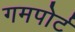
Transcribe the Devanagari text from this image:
गमपोर्ट